Statistical return of the lunatic asylum in Assam - 1912-1932
Year: 1912
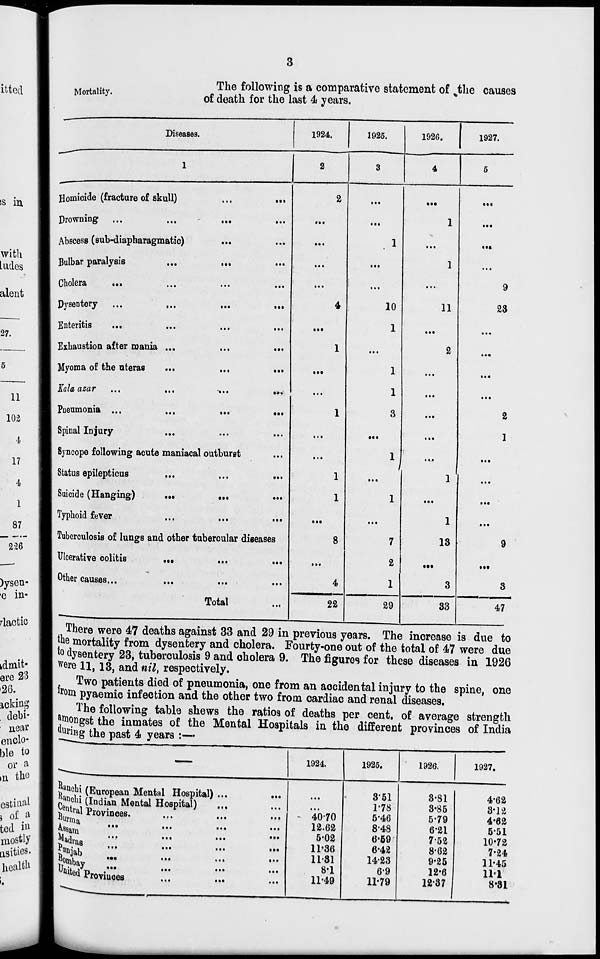
Mortality.
The following is a comparative statement of % the causes
of death for the last 4 years.
Diseases.
1924.
1925.
1926.
1927.
1
2
3
4
5
s in i
Homicide (fracture of skull)
...
••.
2
...
•••
• ••
Drowning ...
...
•••
*>.
...
1
<••
Abscess (sub-diapharagmatic)
...
. 1
...
••■
with 1
.ades I
Bulbar paralysis
...
...
...
...
1
...
14.
H
Cholera
...
...
...
...
9
alent 1
Dysentery ...
...
...
•••
4 ;
10
11
23
27.
1
Enteritis
...
...
...
...
Exhaustion after mania ...
...
1
1
...
2
..4
5
I Myoma of the nteras ...
...
...
Kala azar ...
...
-•••
»*.
Fueumonia ...
...
•*•
•••
Spinal Injury
...
••i
....
•..
1
1
3
...
...
...
...
11
1
1, 1:1 1
4
I
17
1
4
I
1
I
87 1
2:26 1
...
2
1
Syncope following acute maniacal outburst
Status epilepticus
...
...
...
...
1
1
...
1
...
Suicide (Hanging)
...
*..
••»
1
1
...
...
Typhoid fever
Tuberculosis of lungs and other tubercular diseases
Ulccrative colitis
...
...
8
7
2
1
13
...
9
•••
)yseu- m Other causes...
...
Total
4
1
3
3
•e in- 1
22
29
33
47
There were 47 deaths against 33 and 29 in previous years. The increase is due to
the mortality from dysentery and cholera. Fourty-one out of the total of 47 were due
to dysentery 23, tuberculosis 9 and cholera 9. The figures for these diseases in 1926
Were 11, 13, and nil, respectively.
Two patients died of pneumonia, one from an accidental injury to the spine, one
from pyaemic infection and the other two from cardiac and renal diseases.
The following table shews the ratios of deaths per cent, of average strength
amongst the inmates of the Mental Hospitals in the different provinces of India
fluriag the past 4 years :—
1924.
J aQ chi (European Mental Hospital) ...
AMJohi (Indian Mental Hospital)
i e ntral Proving.
}urm a
} 8 sam
OTab
>bay
«« Proviuces
...
...
...
...
...
...
...
40-70
12.62
5-02
11-36
11 31
8*1
11-49
1925.
1926.
1927.
351
1-78
5-46
8*48
6-59
6-42
1423
6*9
11-79
3-81
3-85
5-79
6-21
752
8-62
9-25
12-6
1237
4-62
3-12
4-62
5-51
10-72
7-24
11-45
111
8-31